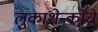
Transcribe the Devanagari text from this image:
लुकाशेन्कोचे